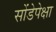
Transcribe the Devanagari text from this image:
सोंडेपेक्षा